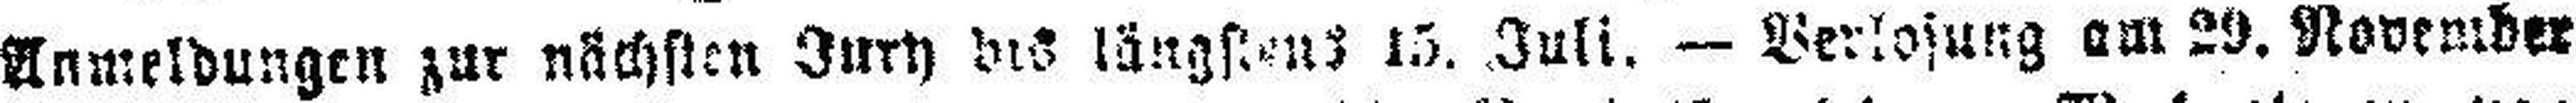
Anmeldungen zur nächsten Jury des längstens 15. Juli. — Verlosung am 29. November